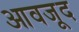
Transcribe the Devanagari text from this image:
आवजूद